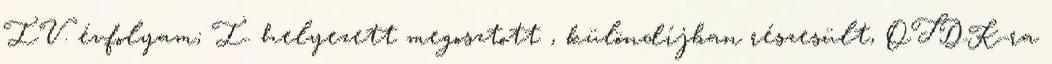
IV. évfolyam; I. helyezett megosztott , különdíjban részesült, OTDK-ra